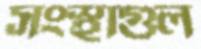
সংস্থাগুল